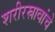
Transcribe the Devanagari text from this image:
शरीरस्रावांचे